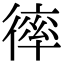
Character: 𢕑